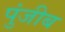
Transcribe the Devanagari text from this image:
पुंजीब